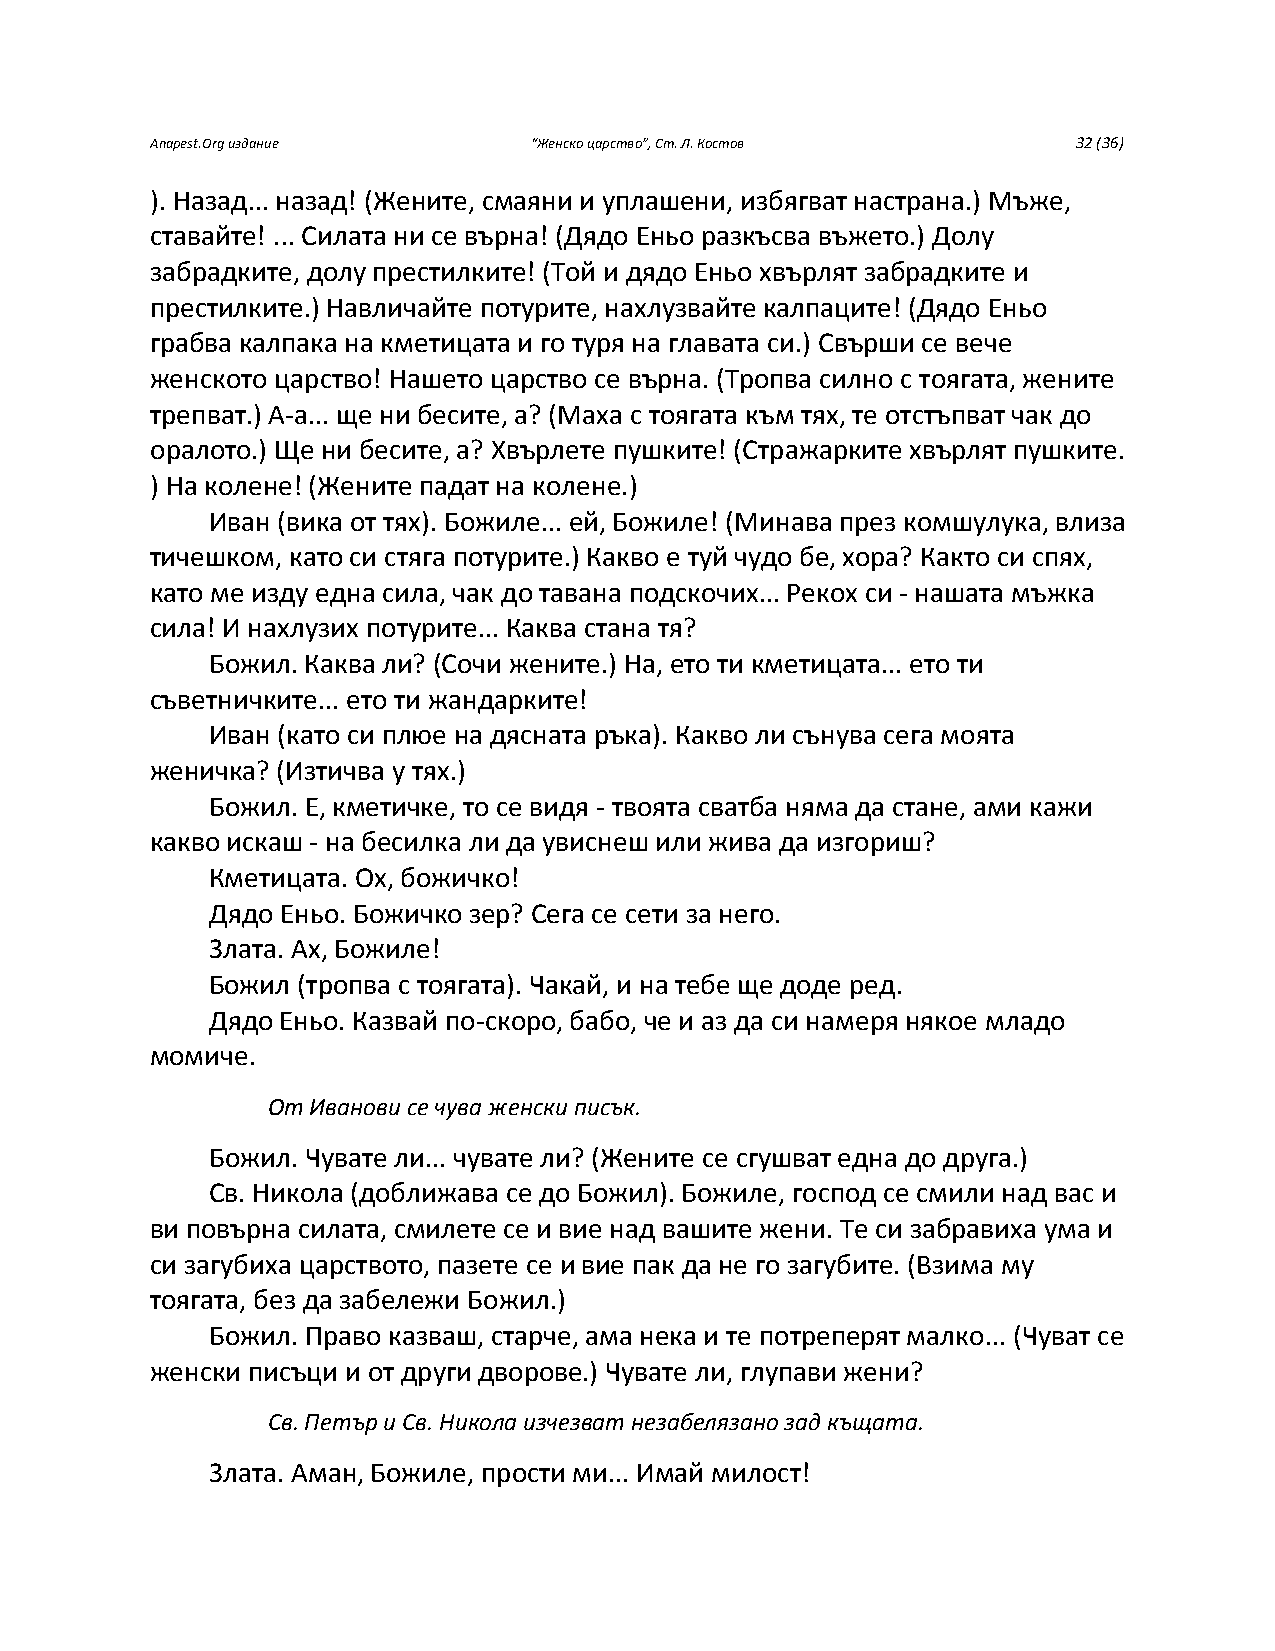
Anapest.Org издание      “Женско царство”, Ст. Л. Костов     32 (36)
 ). Назад... назад! (Жените, смаяни и уплашени, избягват настрана.) Мъже,
 ставайте! ... Силата ни се върна! (Дядо Еньо разкъсва въжето.) Долу
 забрадките, долу престилките! (Той и дядо Еньо хвърлят забрадките и
 престилките.) Навличайте потурите, нахлузвайте калпаците! (Дядо Еньо
 грабва калпака на кметицата и го туря на главата си.) Свърши се вече
 женското царство! Нашето царство се върна. (Тропва силно с тоягата, жените
 трепват.) А-а... ще ни бесите, а? (Маха с тоягата към тях, те отстъпват чак до
 оралото.) Ще ни бесите, а? Хвърлете пушките! (Стражарките хвърлят пушките.
 ) На колене! (Жените падат на колене.)
 Иван (вика от тях). Божиле... ей, Божиле! (Минава през комшулука, влиза
 тичешком, като си стяга потурите.) Какво е туй чудо бе, хора? Както си спях,
 като ме изду една сила, чак до тавана подскочих... Рекох си - нашата мъжка
 сила! И нахлузих потурите... Каква стана тя?
 Божил. Каква ли? (Сочи жените.) На, ето ти кметицата... ето ти
 съветничките... ето ти жандарките!
 Иван (като си плюе на дясната ръка). Какво ли сънува сега моята
 женичка? (Изтичва у тях.)
 Божил. Е, кметичке, то се видя - твоята сватба няма да стане, ами кажи
 какво искаш - на бесилка ли да увиснеш или жива да изгориш?
 Кметицата. Ох, божичко!
 Дядо Еньо. Божичко зер? Сега се сети за него.
 Злата. Ах, Божиле!
 Божил (тропва с тоягата). Чакай, и на тебе ще доде ред.
 Дядо Еньо. Казвай по-скоро, бабо, че и аз да си намеря някое младо
 момиче.
 От Иванови се чува женски писък.
 Божил. Чувате ли... чувате ли? (Жените се сгушват една до друга.)
 Св. Никола (доближава се до Божил). Божиле, господ се смили над вас и
 ви повърна силата, смилете се и вие над вашите жени. Те си забравиха ума и
 си загубиха царството, пазете се и вие пак да не го загубите. (Взима му
 тоягата, без да забележи Божил.)
 Божил. Право казваш, старче, ама нека и те потреперят малко... (Чуват се
 женски писъци и от други дворове.) Чувате ли, глупави жени?
 Св. Петър и Св. Никола изчезват незабелязано зад къщата.
 Злата. Аман, Божиле, прости ми... Имай милост!